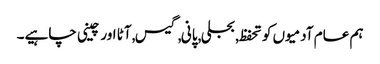
ہم عام آدمیوں کو تحفظ, بجلی, پانی, گیس, آٹا اور چینی چاہیے۔